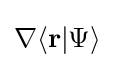
\nabla \langle \mathbf {r} |\Psi \rangle